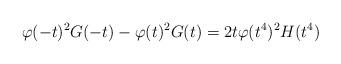
LaTeX: \begin{align*} \varphi(-t)^2G(-t)-\varphi(t)^2G(t) = 2t\varphi(t^4)^2H(t^4)\end{align*}